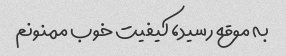
به موقع رسید، کیفیت خوب ممنونم